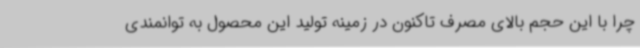
چرا با این حجم بالای مصرف تاکنون در زمینه تولید این محصول به توانمندی